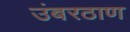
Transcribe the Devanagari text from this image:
उंबरठाण